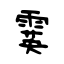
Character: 霙